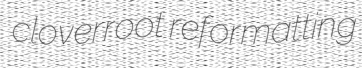
cloverroot reformatting